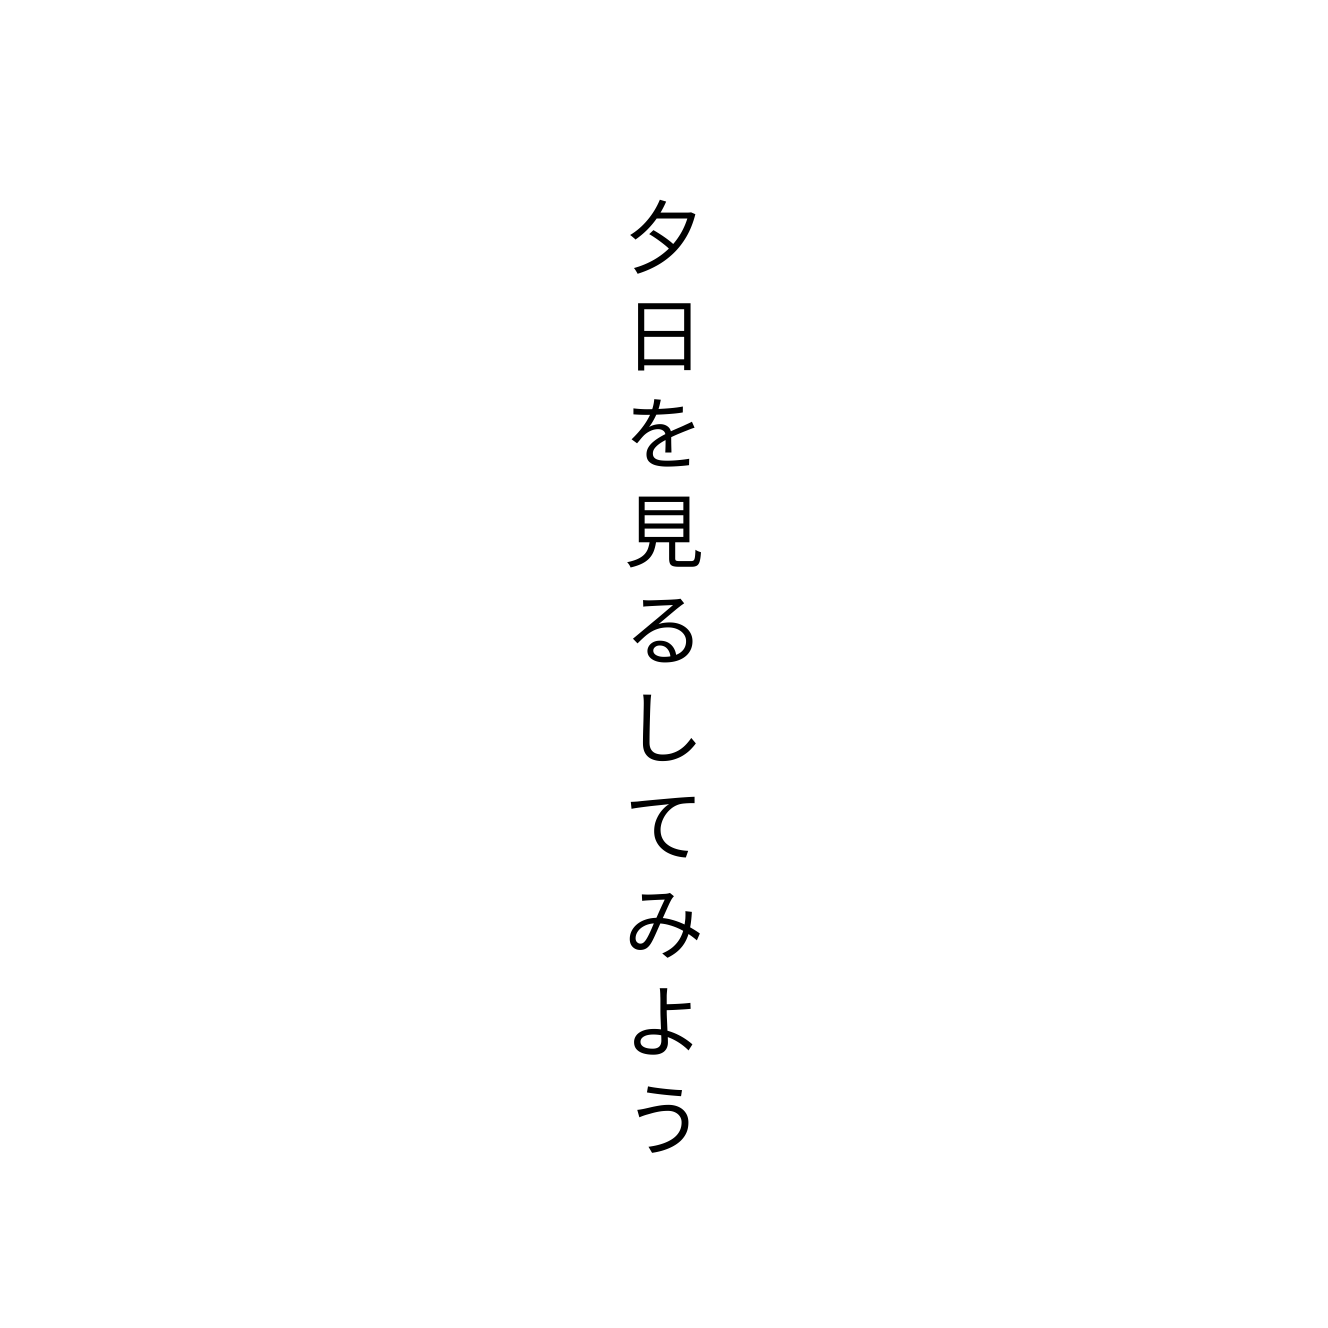
夕日を見るしてみよう